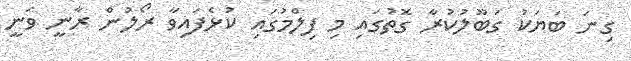
ގިނަ ބަޔަކު ގަބޫލުކުރާ ގޮތުގައި މި ފިލްމުގައި ކުޅެފައިވާ ރޯލުން ރާނީ ވަނީ